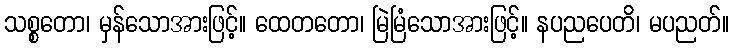
သစ္စတော၊ မှန်သောအားဖြင့်။ ထေတတော၊ မြဲမြံသောအားဖြင့်။ နပညပေတိ၊ မပညတ်။